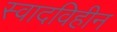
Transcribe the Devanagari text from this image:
स्वादविहीन